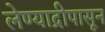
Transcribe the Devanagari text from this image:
लेण्याद्रीपासून